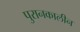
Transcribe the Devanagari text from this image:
पुरानकालीन